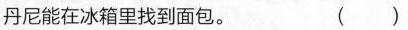
丹尼能在冰箱里找到面包. ( )